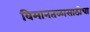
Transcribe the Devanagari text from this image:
विमानतळासाठीचा